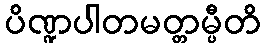
ပိဏ္ဍပါတမတ္တမ္ပီတိ